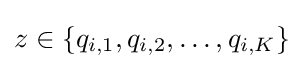
z\in \{q_{i,1},q_{i,2},\dots ,q_{i,K}\}